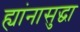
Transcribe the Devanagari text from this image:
ह्यांनासुद्धा